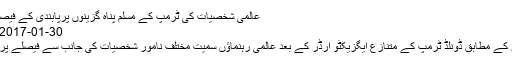
عالمی شخصیات کی ٹرمپ کے مسلم پناہ گزینوں پرپابندی کے فیصلے پر کڑی تنقید - ہم سب
30-01-2017 ویب ڈیسک 70 Views
غیرملکی خبررساں ادارے کے مطابق ڈونلڈ ٹرمپ کے متنازع ایگزیکٹو آرڈر کے بعد عالمی رہنماؤں سمیت مختلف نامور شخصیات کی جانب سے فیصلے پر شدید تنقید کی جارہی ہے۔